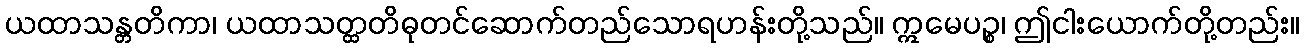
ယထာသန္တတိကာ၊ ယထာသတ္ထတိဓုတင်ဆောက်တည်သောရဟန်းတို့သည်။ ဣမေပဉ္စ၊ ဤငါးယောက်တို့တည်း။